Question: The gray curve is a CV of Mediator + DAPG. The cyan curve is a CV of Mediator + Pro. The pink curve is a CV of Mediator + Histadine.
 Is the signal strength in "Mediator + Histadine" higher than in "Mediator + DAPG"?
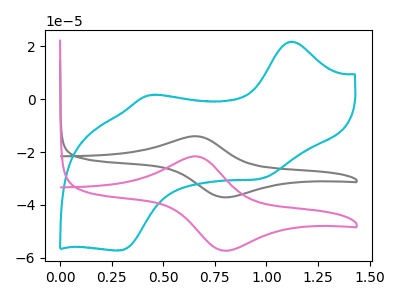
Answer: <think>The gray curve "Mediator + DAPG" has an anodic peak at (0.65V, -14.00uA) and a cathodic peak at (0.80V, -37.10uA). The cyan curve "Mediator + Pro" has anodic peaks at (1.10V, 21.75uA) (0.45V, 1.55uA) and cathodic peaks at (1.00V, -30.00uA) (0.30V, -57.20uA). The pink curve "Mediator + Histadine" has an anodic peak at (0.65V, -21.65uA) and a cathodic peak at (0.80V, -57.30uA).
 All the peaks in "Mediator + Histadine" have a peak in "Mediator + DAPG" at the same potential.</think>
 <answer>I cant tell if "Mediator + Histadine" or "Mediator + DAPG" has more signal.</answer>
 <eval>mixed_signal</eval>